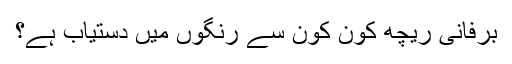
برفانی ریچھ کون کون سے رنگوں میں دستیاب ہے؟